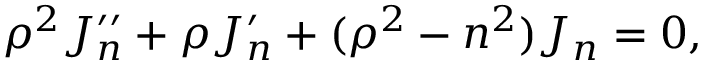
\rho ^ { 2 } J _ { n } ^ { \prime \prime } + \rho J _ { n } ^ { \prime } + ( \rho ^ { 2 } - n ^ { 2 } ) J _ { n } = 0 ,